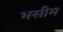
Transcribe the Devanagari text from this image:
भसीम